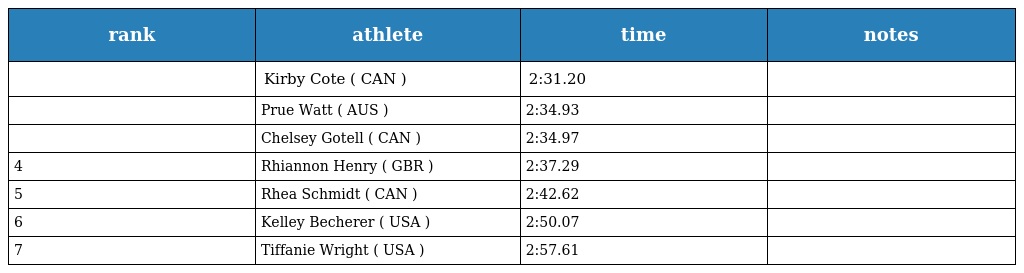
| rank | athlete | time | notes |
 | --- | --- | --- | --- |
 |  | Kirby Cote ( CAN ) | 2:31.20 |  |
 |  | Prue Watt ( AUS ) | 2:34.93 |  |
 |  | Chelsey Gotell ( CAN ) | 2:34.97 |  |
 | 4 | Rhiannon Henry ( GBR ) | 2:37.29 |  |
 | 5 | Rhea Schmidt ( CAN ) | 2:42.62 |  |
 | 6 | Kelley Becherer ( USA ) | 2:50.07 |  |
 | 7 | Tiffanie Wright ( USA ) | 2:57.61 |  |